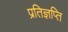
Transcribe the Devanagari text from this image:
प्रतिज्ञप्ति